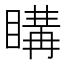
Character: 𥉇